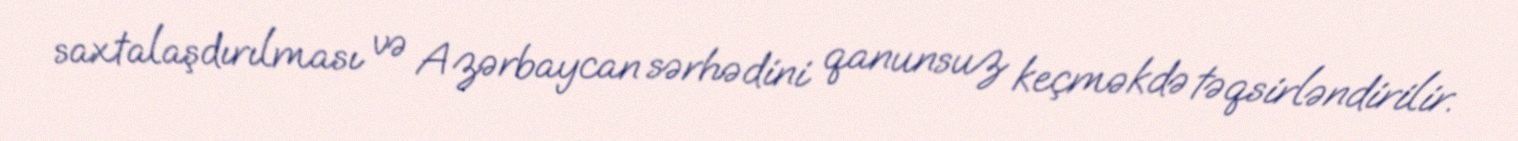
saxtalaşdırılması və Azərbaycan sərhədini qanunsuz keçməkdə təqsirləndirilir.